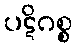
ပဋိဂစ္စ